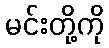
မင်းတို့ကို